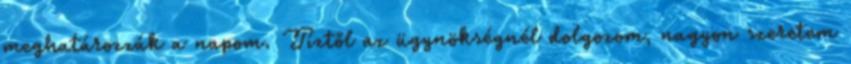
meghatározzák a napom. Tíztől az ügynökségnél dolgozom, nagyon szeretem